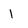
Character: l